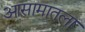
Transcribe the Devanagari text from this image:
आसामातला